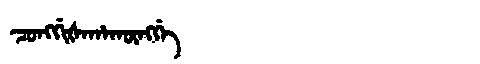
Manchu: ᠴᠣᠩᡤᡳᡧᠠᡥᠠᡴᡡᠩᡤᡝ
Romanization: CONGGIŠAHAKŪNGGE